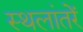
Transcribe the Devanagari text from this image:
स्थलांतरें